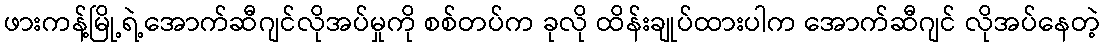
ဖားကန့်မြို့ရဲ့အောက်ဆီဂျင်လိုအပ်မှုကို စစ်တပ်က ခုလို ထိန်းချုပ်ထားပါက အောက်ဆီဂျင် လိုအပ်နေတဲ့